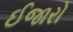
ઈજારો